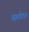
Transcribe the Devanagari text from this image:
अंतर्गठन